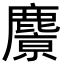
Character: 𪋔